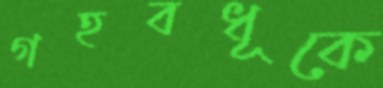
গহবধূকে